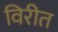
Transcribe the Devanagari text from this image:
विरीत